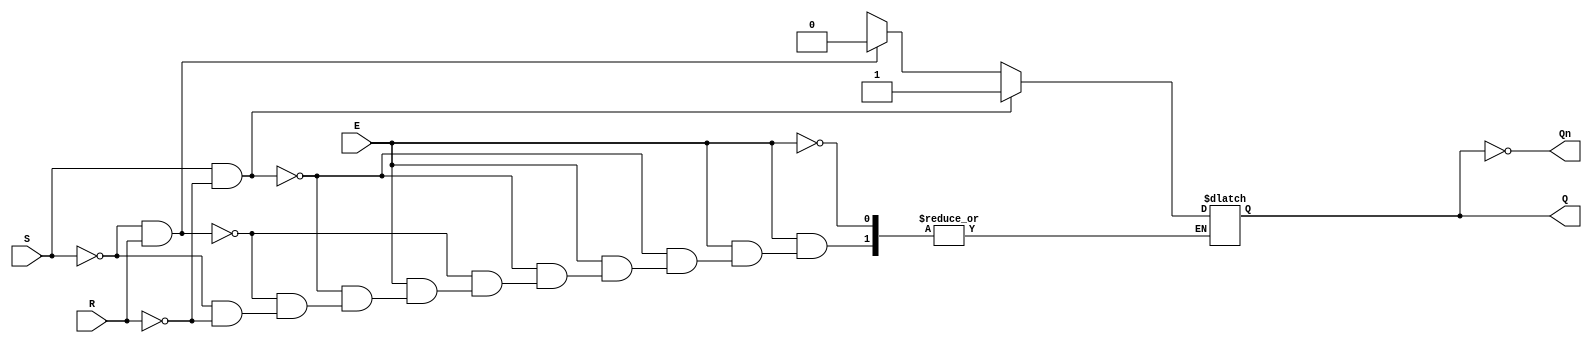
module gated_sr_latch (
    input wire S,    // Set input
    input wire R,    // Reset input
    input wire E,    // Enable input
    output reg Q,    // Output Q
    output wire Qn   // Output Q' (complement of Q)
);

// Complement of Q
assign Qn = ~Q;

// Latch behavior
always @(*) begin
    if (E) begin
        if (S && !R) begin
            Q = 1'b1;  // Set condition
        end else if (!S && R) begin
            Q = 1'b0;  // Reset condition
        end else if (!S && !R) begin
            Q = Q;     // Hold state
        end else begin
            // Invalid condition (S = 1 and R = 1)
            // You can choose to handle this case as needed
            Q = 1'bx;  // Indeterminate state
        end
    end
    // If E is low, Q retains its value (no change)
end

endmodule